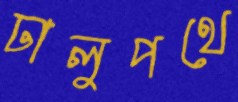
ঢালুপথে